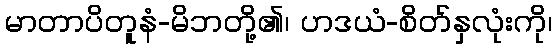
မာတာပိတူနံ-မိဘတို့၏၊ ဟဒယံ-စိတ်နှလုံးကို၊